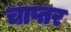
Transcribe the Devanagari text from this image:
चाप्तर